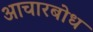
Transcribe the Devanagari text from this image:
आचारबोध